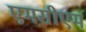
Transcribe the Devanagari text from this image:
एमसीएम